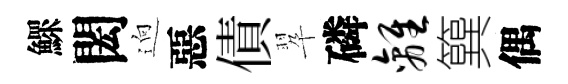
鰥閎逈惡債翆磷离簨偶